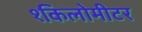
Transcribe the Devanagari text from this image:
१किलोमीटर